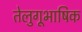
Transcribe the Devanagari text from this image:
तेलुगूभाषिक